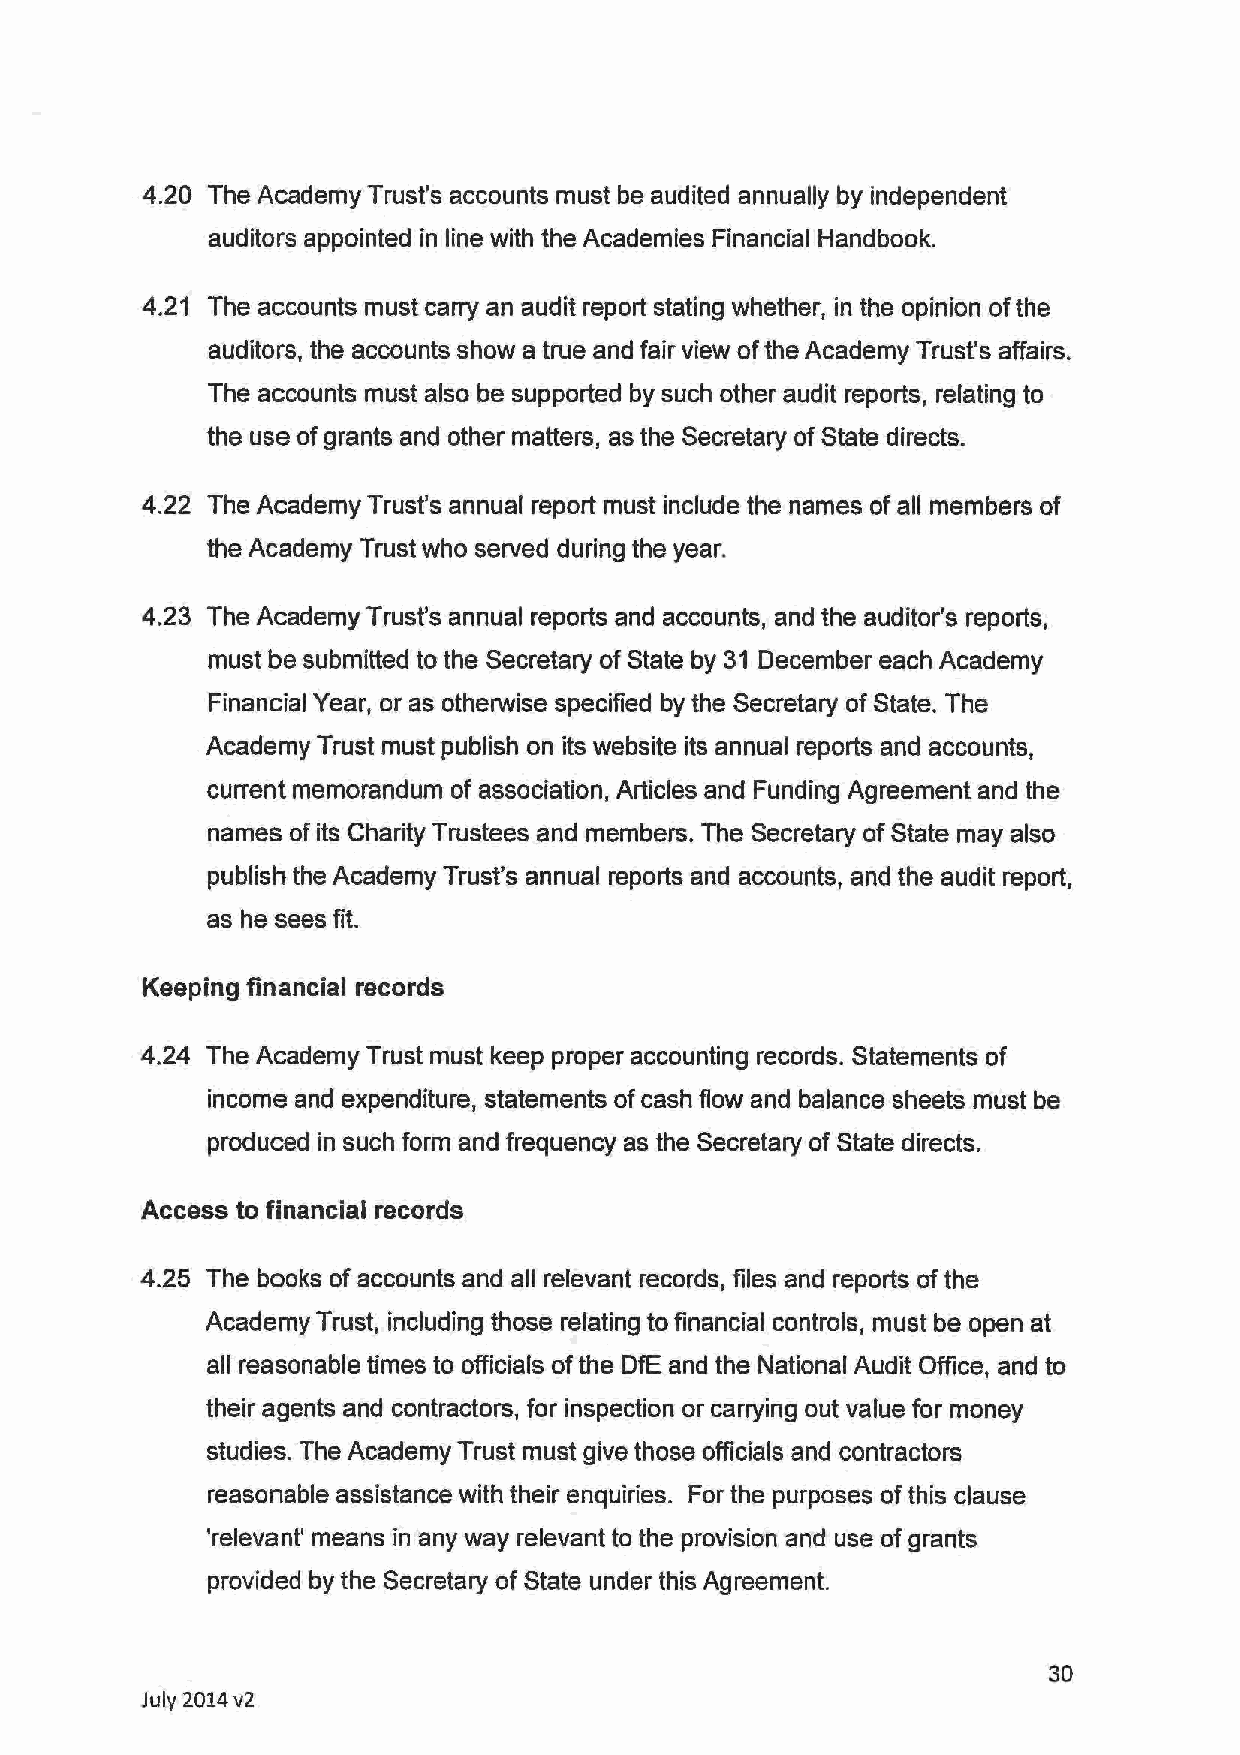
4.20 The Academy Trust's accounts must be audited annually by independent
 auditors appointed in line with the Academies Financial Handbook.
 4.21 The accounts must carry an audit report stating whether, in the opinion of the
 auditors, the accounts show a true and fair view of the Academy Trust's affairs.
 The accounts must also be supported by such other audit reports, relating to
 the use of grants and other matters, as the Secretary of State directs.
 4.22 The Academy Trust's annual report must include the names of all members of
 the Academy Trust who served during the year.
 4.23 The Academy Trust's annual reports and accounts, and the auditor's reports,
 must be submitted to the Secretary of State by 31 December each Academy
 Financial Year, or as otherwise specified by the Secretary of State. The
 Academy Trust must publish on its website its annual reports and accounts,
 current memorandum of association, Articles and Funding Agreement and the
 names of its Charity Trustees and members. The Secretary of State may also
 publish the Academy Trust's annual reports and accounts, and the audit report,
 as he sees fit.
 Keeping financial records
 4.24 The Academy Trust must keep proper accounting records. Statements of
 income and expenditure, statements of cash flow and balance sheets must be
 produced in such form and frequency as the Secretary of State directs.
 Access to financial records
 4.25 The books of accounts and all relevant records, files and reports of the
 Academy Trust, including those relating to financial controls, must be open at
 all reasonable times to officials of the DfE and the National Audit Office, and to
 their agents and contractors, for inspection or carrying out value for money
 studies. The Academy Trust must give those officials and contractors
 reasonable assistance with their enquiries. For the purposes of this clause
 'relevant' means in any way relevant to the provision and use of grants
 provided by the Secretary of State under this Agreement.
 30
 July 2014 v2